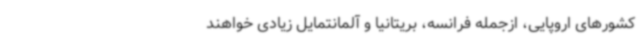
کشورهای اروپایی، ازجمله فرانسه، بریتانیا و آلمانتمایل زیادی خواهند